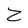
Character: Z